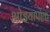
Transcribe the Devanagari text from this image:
ओइयापोक